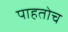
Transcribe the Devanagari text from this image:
पाहतोच